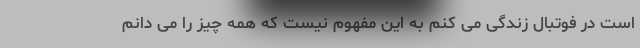
است در فوتبال زندگی می کنم به این مفهوم نیست که همه چیز را می دانم